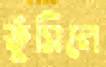
ফুঁসিলে